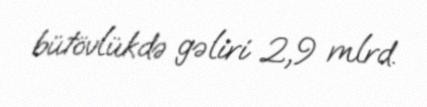
bütövlükdə gəliri 2,9 mlrd.